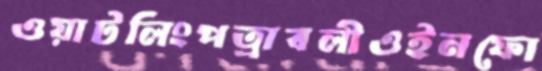
ওয়াটলিংপত্রাবলীওইনফো